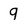
Character: 9